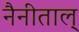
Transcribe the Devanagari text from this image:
नैनीताल्